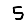
Digit: 5